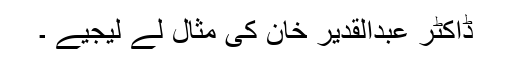
ڈاکٹر عبدالقدیر خان کی مثال لے لیجیے ۔